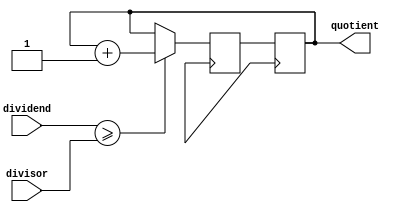
module synchronous_divider(
    input wire [31:0] dividend,
    input wire [31:0] divisor,
    output reg [31:0] quotient
);

reg [31:0] remainder;
reg [31:0] temp_dividend;
reg [31:0] temp_quotient;

always @ (posedge clock) begin
    if (dividend >= divisor) begin
        temp_dividend <= dividend - divisor;
        temp_quotient <= quotient + 1;
    end else begin
        temp_dividend <= dividend;
        temp_quotient <= quotient;
    end
end

always @ (posedge clock) begin
    remainder <= temp_dividend;
    quotient <= temp_quotient;
end

endmodule